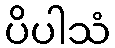
ပိပါသံ